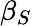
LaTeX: \beta_{S}